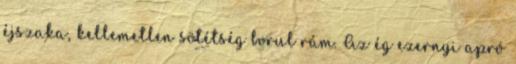
éjszaka, kellemetlen sötétség borul rám. Az ég ezernyi apró